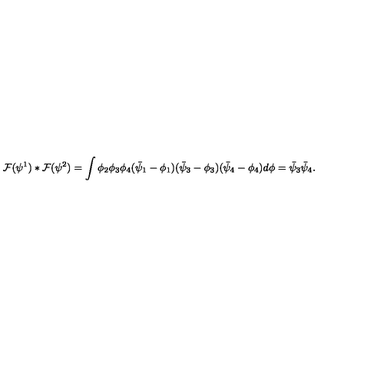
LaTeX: \! \! { \cal F } ( \psi ^ { 1 } ) * { \cal F } ( \psi ^ { 2 } ) = \int \phi _ { 2 } \phi _ { 3 } \phi _ { 4 } ( \bar { \psi } _ { 1 } - \phi _ { 1 } ) ( \bar { \psi } _ { 3 } - \phi _ { 3 } ) ( \bar { \psi } _ { 4 } - \phi _ { 4 } ) d \phi = \bar { \psi } _ { 3 } \bar { \psi } _ { 4 } .